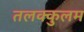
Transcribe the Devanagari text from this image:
तलक्कुलम